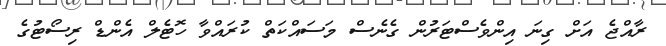
ރާއްޖެ އަށް ގިނަ އިންވެސްޓަރުން ގެނެސް މަސައްކަތް ކުރައްވާ ހޮޓެލް އެންޑް ރިސޯޓުގެ